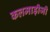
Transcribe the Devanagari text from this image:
कलमाड़ीजी